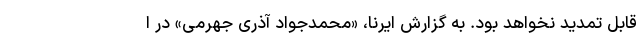
قابل تمدید نخواهد بود. به گزارش ایرنا، «محمدجواد آذری جهرمی» در ا